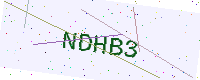
Text: NDHB3